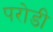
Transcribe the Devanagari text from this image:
परोडी